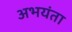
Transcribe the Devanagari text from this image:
अभयंता